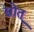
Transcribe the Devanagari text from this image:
स्रोत्